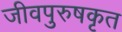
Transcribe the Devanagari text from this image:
जीवपुरुषकृत